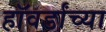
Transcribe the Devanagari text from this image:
हॉवर्डांच्या